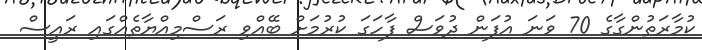
ކުމާރަތުންގާގެ 70 ވަަނަ އުފަން ދުވަސް ފާހަގަ ކުރުމަށް ބޭއްވި ރަސްމިއްޔާތެއްގައި ރައީސް